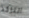
التاكد